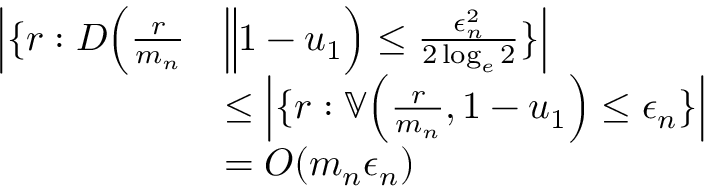
\begin{array} { r l } { \Big | \{ r : D \Big ( \frac { r } { { m _ { n } } } } & { \Big \| 1 - u _ { 1 } \Big ) \le \frac { \epsilon _ { n } ^ { 2 } } { 2 \log _ { e } 2 } \} \Big | } \\ & { \le \Big | \{ r : \mathbb { V } \Big ( \frac { r } { { m _ { n } } } , 1 - u _ { 1 } \Big ) \le \epsilon _ { n } \} \Big | } \\ & { = O ( { m _ { n } } \epsilon _ { n } ) } \end{array}